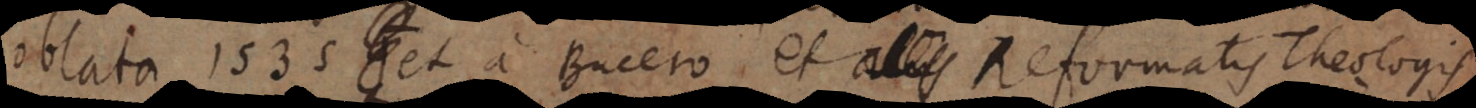
oblata 1535 et a Bucero et aliis Reformatis Theolo